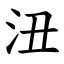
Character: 沑